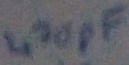
Text: 470pF